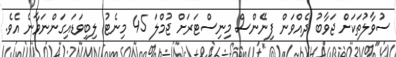
ސުވާލުތަކަށް ޖަވާބު ދެއްވަން ފިނޭންސް މިނިސްޓަރަށް ޖުމްލަ 45 މިނެޓު ލިބިވަޑައިގަންނަވާނެ އެވެ.